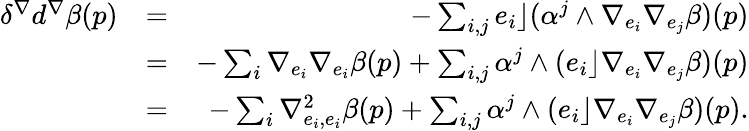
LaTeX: \begin{array}{rlr}{\delta^{\nabla}d^{\nabla}\beta(p)}&{=}&{-\sum_{i,j}e_{i}\rfloor(\alpha^{j}\wedge\nabla_{e_{i}}\nabla_{e_{j}}\beta)(p)}\\ &{=}&{-\sum_{i}\nabla_{e_{i}}\nabla_{e_{i}}\beta(p)+\sum_{i,j}\alpha^{j}\wedge(e_{i}\rfloor\nabla_{e_{i}}\nabla_{e_{j}}\beta)(p)}\\ &{=}&{-\sum_{i}\nabla_{e_{i},e_{i}}^{2}\beta(p)+\sum_{i,j}\alpha^{j}\wedge(e_{i}\rfloor\nabla_{e_{i}}\nabla_{e_{j}}\beta)(p).}\end{array}